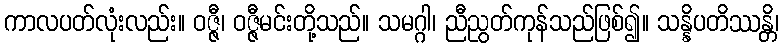
ကာလပတ်လုံးလည်း။ ဝဇ္ဇီ၊ ဝဇ္ဇီမင်းတို့သည်။ သမဂ္ဂါ၊ ညီညွတ်ကုန်သည်ဖြစ်၍။ သန္နိပတိဿန္တိ၊